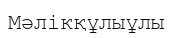
Мәлікқұлыұлы